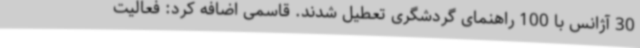
30 آژانس با 100 راهنمای گردشگری تعطیل شدند. قاسمی اضافه کرد: فعالیت